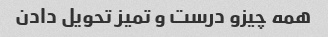
همه چیزو درست و تمیز تحویل دادن